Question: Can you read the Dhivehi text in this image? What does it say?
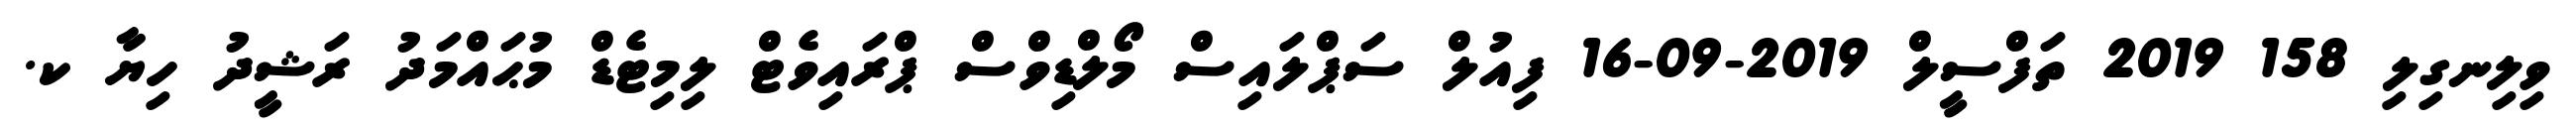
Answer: ވިލިނގިލި 158 2019 ތަފްސީލް 2019-09-16 ފިއުލް ސަޕްލައިސް މޯލްޑިވްސް ޕްރައިވެޓް ލިމިޓެޑް މުޙައްމަދު ރަޝީދު ހިޔާ ކ.